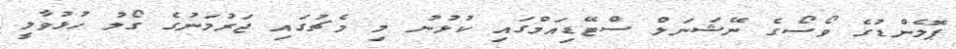
ޕޮލެންޑުގެ ވޯސޯގެ ނޭޝަނަލް ސްޓޭޑިއަމްގައި ކުޅުނު މި މެޗުގައި ޖަރުމަނުގެ ގޯލު ހުޅުވާލީ